Scottish Leaving Certificate Examination, 1956
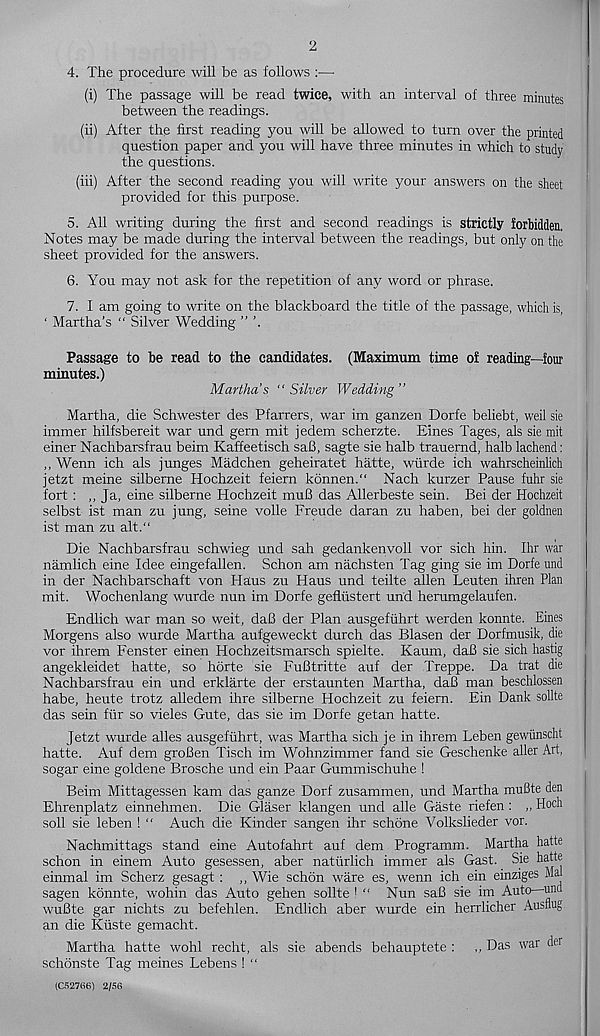
2
4. The procedure will be as follows :—
(i) The passage will be read twice, with an interval of three minutes
between the readings.
(ii) After the first reading you will be allowed to turn over the printed
question paper and you will have three minutes in which to study
the questions.
(iii) After the second reading you will write your answers on the sheet
provided for this purpose.
5. All writing during the first and second readings is strictly forbidden.
Notes may be made during the interval between the readings, but only on the
sheet provided for the answers.
6. You may not ask for the repetition of any word or phrase.
7. I am going to write on the blackboard the title of the passage, which is,
‘ Martha’s “ Silver Wedding ”
Passage to be read to the candidates,
minutes.)
Martha’s “ Silver
(Maximum time of reading—four
Wedding ”
Martha, die Schwester des Pfarrers, war im ganzen Dorfe beliebt, weil sie
immer hilfsbereit war und gern mit jedem scherzte. Eines Tages, als sie mit
einer Nachbarsfrau beim Kaffeetisch saB, sagte sie halb trauemd, halb lachend:
,, Wenn ich als junges Madchen geheiratet hatte, wiirde ich wahrscheinlich
jetzt meine silberne Hochzeit feiern konnen.“ Nach kurzer Pause fuhr sie
fort : ,, Ja, eine silberne Hochzeit muB das Allerbeste sein. Bei der Hochzeit
selbst ist man zu jung, seine voile Freude daran zu haben, bei der goldnen
ist man zu alt."
Die Nachbarsfrau schwieg und sah gedankenvoll vor sich hin. Ihr war
namlich eine Idee eingefallen. Schon am nachsten Tag ging sie im Dorfe und
in der Nachbarschaft von Haus zu Haus und teilte alien Leuten ihren Plan
mit. Wochenlang wurde nun im Dorfe gefllistert und hemmgelaufen.
Endlich war man so weit, daB der Plan ausgefuhrt werden konnte. Eines
Morgens also wurde Martha aufgeweckt durch das Blasen der Dorfmusik, die
vor ihrem Fenster einen Hochzeitsmarsch spielte. Kaum, daB sie sich hastig
angekleidet hatte, so horte sie FuBtritte auf der Treppe. Da trat die
Nachbarsfrau ein und erklarte der erstaunten Martha, daB man beschlossen
habe, heute trotz alledem ihre silberne Hochzeit zu feiern. Ein Dank sollte
das sein fur so vieles Gute, das sie im Dorfe getan hatte.
Jetzt wurde alles ausgefuhrt, was Martha sich je in ihrem Leben gewiinscht
hatte. Auf dem groBen Tisch im Wohnzimmer fand sie Geschenke aller Art,
sogar eine goldene Brosche und ein Paar Gummischuhe !
Beim Mittagessen kam das ganze Dorf zusammen, und Martha muBte den
Ehrenplatz einnehmen. Die Glaser klangen und alle Gaste riefen : ,, Hoch
soli sie leben ! " Auch die Kinder sangen ihr schone Volkslieder vor.
Nachmittags stand eine Autofahrt auf dem Programm. Martha hatte
schon in einem Auto gesessen, aber naturlich immer als Gast. Sie hatte
einmal im Scherz gesagt : ,, Wie schon ware es, wenn ich ein einziges Mai
sagen konnte, wohin das Auto gehen sollte 1 " Nun saB sie im Auto und
wuBte gar nichts zu befehlen. Endlich aber wurde ein herrlicher Ausnug
an die Kiiste gemacht.
Martha hatte wohl recht, als sie abends behauptete : ,, Das war der
schonste Tag meines Lebens ! “
(052766) 2/56